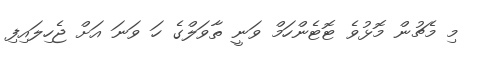
މި މެޗުން މޮޅުވެ ޓޮޓެންހަމް ވަނީ ތާވަލްގެ ހަ ވަނަ އަށް ޖެހިލައިފި